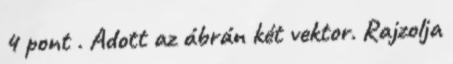
4 pont . Adott az ábrán két vektor. Rajzolja